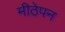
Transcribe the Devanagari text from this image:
मीठेपन